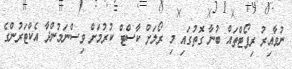
ނުވާއިރު ރިޕޯޓްތައް ބުނާ ގޮތުގައި މި ރޯލަށް ކާސްޓް ކުރުމަށް ވިސްނަމުންދާ އެކްޓަރުންގެ